Vaccination in Burma 1920-1933 - 1920-1933
Year: 1920
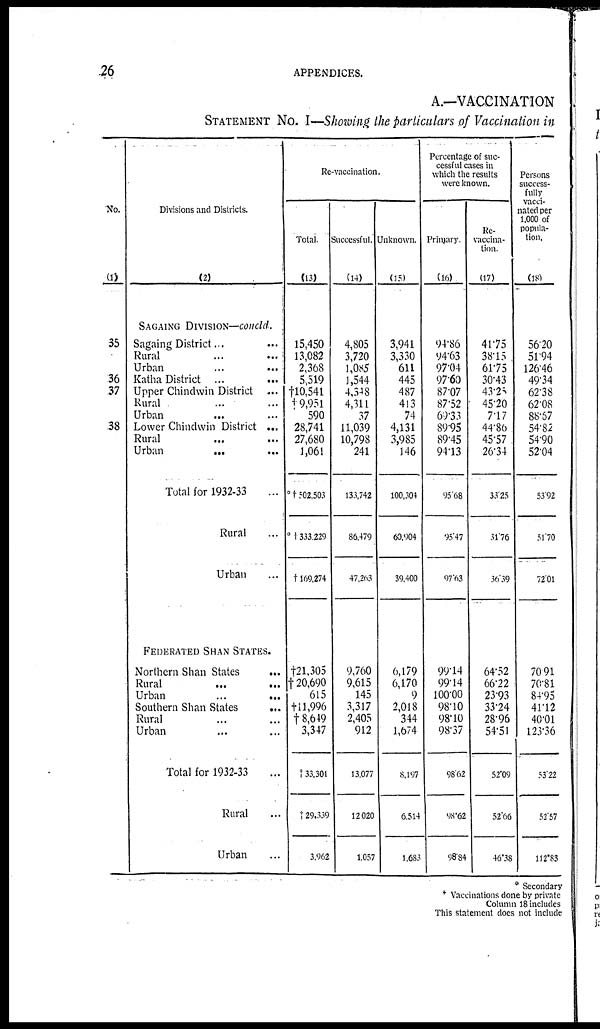
26
APPENDICES.
A.—VACCINATION
STATEMENT No. I—Showing the particulars of Vaccination in
No.
(1)
35
36
37
38
Divisions and Districts.
(2)
SAGAING DIVISION—concld.
Sagaing District...
Rural... ...
Urban...
...
Katha District
...
...
Upper Chindwin
District...
Rural... ...
Urban... ...
Lower Chindwin District ...
Rural...
...
Urban...
...
Total for 1932-33...
Rural... ...
Urban... ...
FEDERATED SHAN STATES.
Northern Shan States...
Rural... ...
Urban...
...
Southern Shan States...
Rural... ...
Urban... ...
Total for 1932-33... ...
Rural... ...
Urban... ...
Re-vaccination.
Total.
(13)
5,450
13,082
2,368
5,519
†10,541
† 9,951
590
28,741
27,680
1,061
*†502,503
*†333,229
†169,274
†21,305
†20,690
615
†11,996
†8,649
3,347
†33,301
129,339
3,962
Successful.
(14)
4,805
3,720
1,085
1,544
4,348
4,311
37
11,039
10,798
241
133,742
86,479
47,263
9,760
9,615
145
3,317
2,405
912
13,077
12,020
1,057
Unknown.
(15)
3,941
3,330
611
445
487
413
74
4,131
3,985
146
100,304
60,904
39,400
6,179
6,170
9
2,018
344
1,674
8,197
6,514
1,683
Percentage of suc-
cessful cases in
which the results
were known.
Primary.
(16)
94.86
94.63
97.04
97.60
87.07
87.52
69.33
89.95
89.45
94.13
95.68
95.47
97.63
99.14
99.14
100.00
98.10
98.10
98.37
98.62
98.62
98.84
Re-
vaccina-
tion.
(17)
41.75
38.15
61.75
30.43
43.25
45.20
7.17
44.86
45.57
26.34
33.25
31.76
36.39
64.52
66.22
23.93
33.24
28.96
54.51
52.09
52.66
46.38
Persons
success-
fully
vacci-
nated per
1,000 of
popula-
tion.
(18)
56.20
51.94
126.46
49.34
62.38
62.08
88.57
54.82
54.90
52.04
53.92
51.70
72.01
70.91
70.81
84.95
41.12
40.01
123.36
53.22
52.57
112.83
* Secondary
† Vaccinations done by private
Column 18 includes
This statement does not include